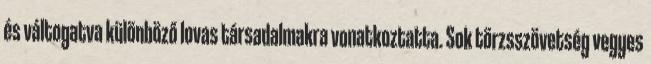
és váltogatva különböző lovas társadalmakra vonatkoztatta. Sok törzsszövetség vegyes